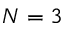
N = 3